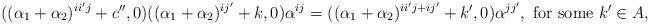
LaTeX: \begin{align*}( (\alpha_1+\alpha_2)^{ii'j}+c'',0)( (\alpha_1+\alpha_2)^{ij'}+k,0)\alpha^{ij} =( (\alpha_1+\alpha_2)^{ii'j+ij'}+k',0)\alpha^{jj'}, \textrm{ for some } k' \in A,\end{align*}